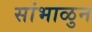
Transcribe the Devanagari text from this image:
सांभाळुन